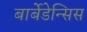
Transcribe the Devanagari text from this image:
बार्बेडेन्सिस